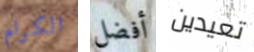
الكرام أفضل تعيدين